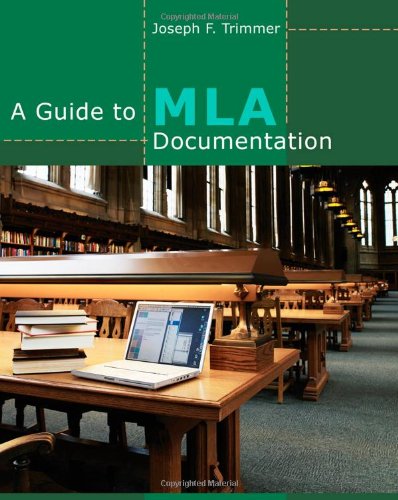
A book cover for A Guide to MLA Documentation; Joseph F. Trimmer; Reference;